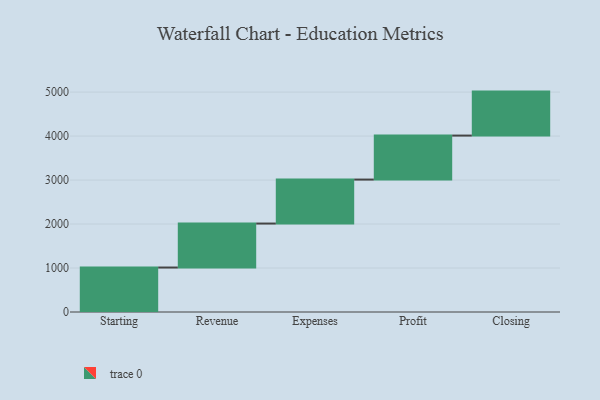
{"axis": {"x": "Step", "y": "Value"}, "legend": [""], "data": [{"x": "Starting", "y": 1011.0, "type": ""}, {"x": "Revenue", "y": 1000, "type": ""}, {"x": "Expenses", "y": 1000, "type": ""}, {"x": "Profit", "y": 1000, "type": ""}, {"x": "Closing", "y": 1000, "type": ""}]}